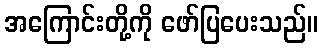
အကြောင်းတို့ကို ဖော်ပြပေးသည်။